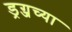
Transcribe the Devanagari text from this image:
ड्रग्जच्या